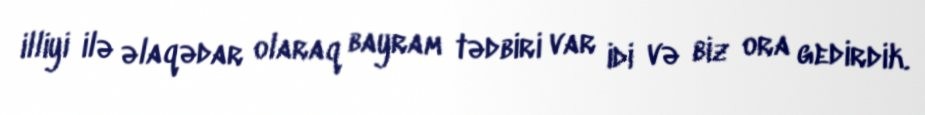
illiyi ilə əlaqədar olaraq bayram tədbiri var idi və biz ora gedirdik.